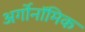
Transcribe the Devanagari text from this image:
अर्गोनॉमिक